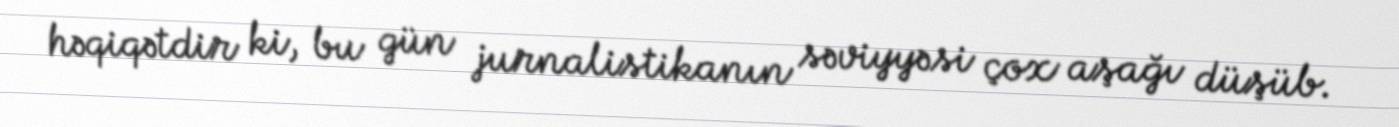
həqiqətdir ki, bu gün jurnalistikanın səviyyəsi çox aşağı düşüb.